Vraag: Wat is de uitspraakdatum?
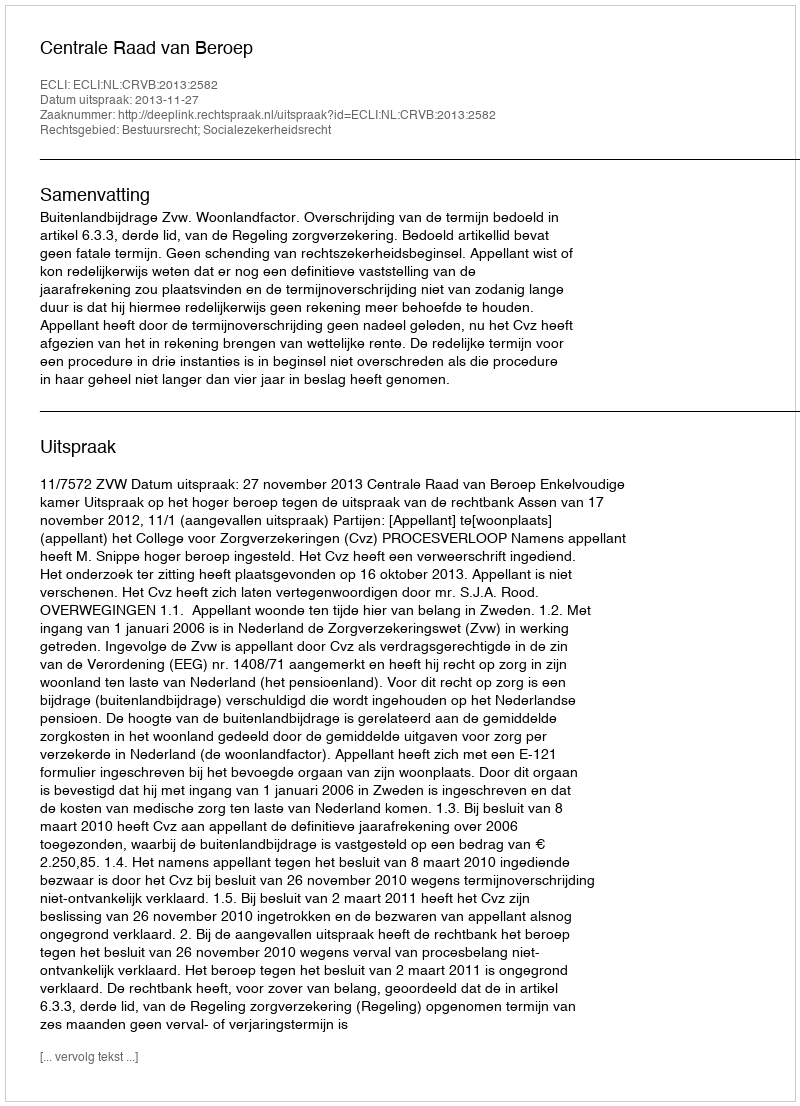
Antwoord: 2013-11-27